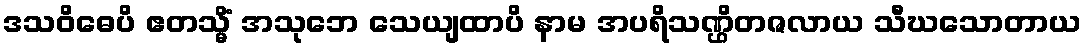
ဒသဝိဓေပိ ဧတသ္မိံ အသုဘေ သေယျထာပိ နာမ အပရိသဏ္ဌိတဇလာယ သီဃသောတာယ